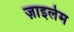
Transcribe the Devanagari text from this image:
ज़ाइलेम